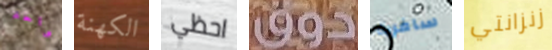
واحد الكهنة احظي دوق سافرت زنزانتي